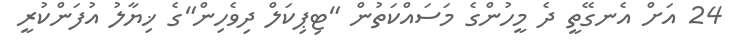
24 އަށް އެނގޭތީ ދެ މީހުންގެ މަސައްކަތުން "ޓިޕިކަލް ދިވެހިން"ގެ ޚިޔާލު އުފަންކުރީ